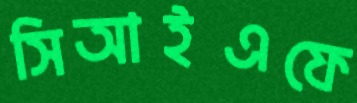
সিআইএফে